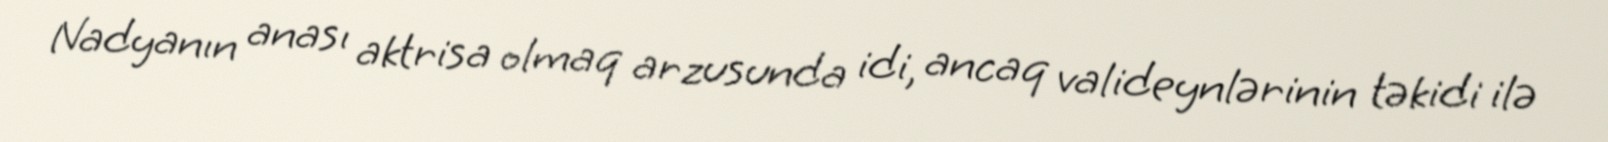
Nadyanın anası aktrisa olmaq arzusunda idi, ancaq valideynlərinin təkidi ilə